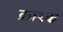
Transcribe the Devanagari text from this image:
क्रारक